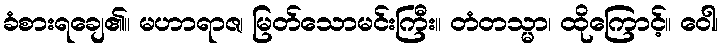
ခံစားရချေ၏။ မဟာရာဇ၊ မြတ်သောမင်းကြီး။ တံတသ္မာ၊ ထိုကြောင့်။ ဝေါ၊